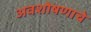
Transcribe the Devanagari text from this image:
अवशोषणाचे